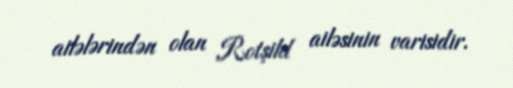
ailələrindən olan Rotşild ailəsinin varisidir.